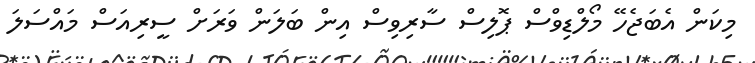
މިކަން އެބަޖެހޭ މޯލްޑިވްސް ޕޮލިސް ސާރިިވިސް އިން ބަލަން ވަރަށް ސީރިއަސް މައްސަަލަ